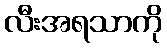
လီးအရသာကို